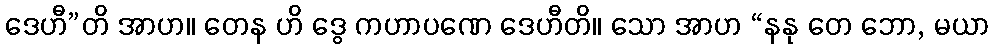
ဒေဟီ”တိ အာဟ။ တေန ဟိ ဒွေ ကဟာပဏေ ဒေဟီတိ။ သော အာဟ “နနု တေ ဘော, မယာ